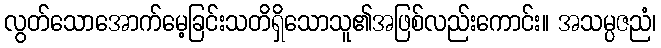
လွတ်သောအောက်မေ့ခြင်းသတိရှိသောသူ၏အဖြစ်လည်းကောင်း။ အသမ္ပဇညံ၊